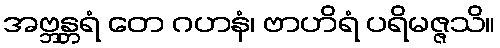
အဗ္ဘန္တရံ တေ ဂဟနံ၊ ဗာဟိရံ ပရိမဇ္ဇသိ။